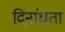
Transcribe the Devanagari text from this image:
दिनांधता